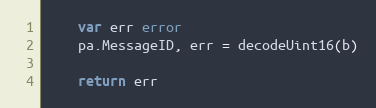
Language: Go
	var err error
	pa.MessageID, err = decodeUint16(b)

	return err